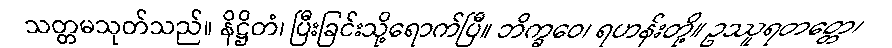
သတ္တမသုတ်သည်။ နိဋ္ဌိတံ၊ ပြီးခြင်းသို့ရောက်ပြီ။ ဘိက္ခဝေ၊ ရဟန်းတို့။ ဥဿူရတတ္တေ၊